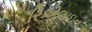
રિએલાઇન